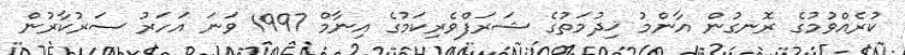
ކުރެއްވުމުގެ ރޮނގުން އާންމު ޚިދުމަތުގެ ޝަރަފްވެރިކަމުގެ އިނާމް 1997 ވަނަ އަހަރު ސަރުކާރުން